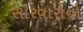
સારવારોનો